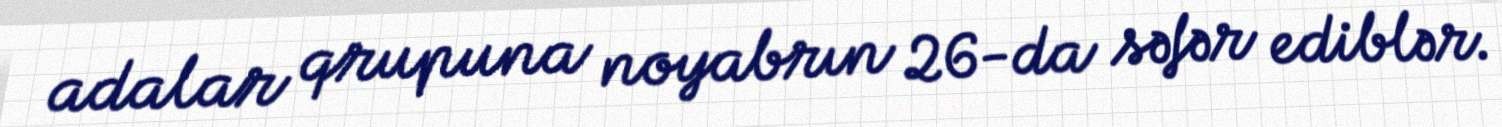
adalar qrupuna noyabrın 26-da səfər ediblər.